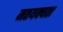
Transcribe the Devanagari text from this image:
मतयक्यता